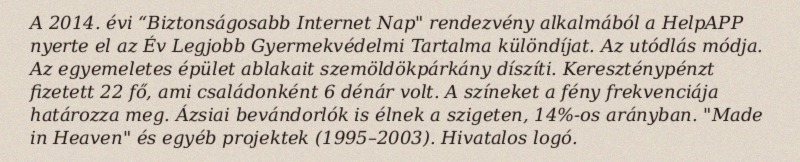
A 2014. évi “Biztonságosabb Internet Nap" rendezvény alkalmából a HelpAPP nyerte el az Év Legjobb Gyermekvédelmi Tartalma különdíjat. Az utódlás módja. Az egyemeletes épület ablakait szemöldökpárkány díszíti. Kereszténypénzt fizetett 22 fő, ami családonként 6 dénár volt. A színeket a fény frekvenciája határozza meg. Ázsiai bevándorlók is élnek a szigeten, 14%-os arányban. "Made in Heaven" és egyéb projektek (1995–2003). Hivatalos logó.